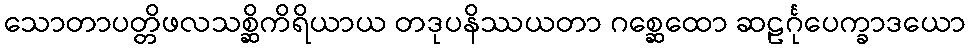
သောတာပတ္တိဖလသစ္ဆိကိရိယာယ တဒုပနိဿယတာ ဂစ္ဆေထော ဆဠင်္ဂုပေက္ခာဒယော